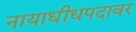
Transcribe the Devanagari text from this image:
नायाधीधपदावर